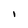
Character: I